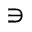
\ni